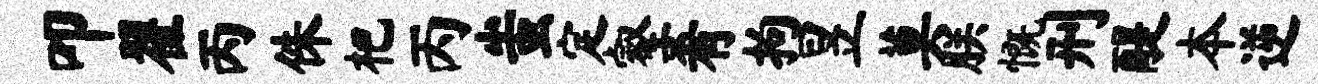
叩翟丙侏杷丙蚩定壑肴拘昱莫朕慨刑醍本逆